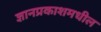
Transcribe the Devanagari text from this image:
ज्ञानप्रकाशमधील